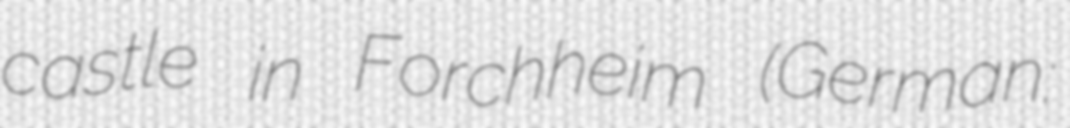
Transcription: castle in Forchheim (German: